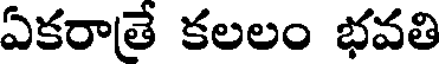
ఏకరాతే కలలం భవతి